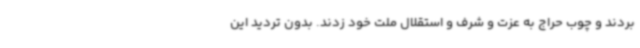
بردند و چوب حراج به عزت و شرف و استقلال ملت خود زدند. بدون تردید این